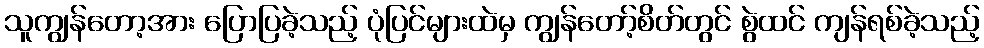
သူကျွန်တော့အား ပြောပြခဲ့သည့် ပုံပြင်များထဲမှ ကျွန်တော့်စိတ်တွင် စွဲထင် ကျန်ရစ်ခဲ့သည့်